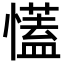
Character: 𢣏